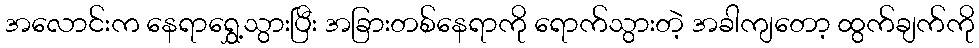
အလောင်းက နေရာရွှေ့သွားပြီး အခြားတစ်နေရာကို ရောက်သွားတဲ့ အခါကျတော့ ထွက်ချက်ကို